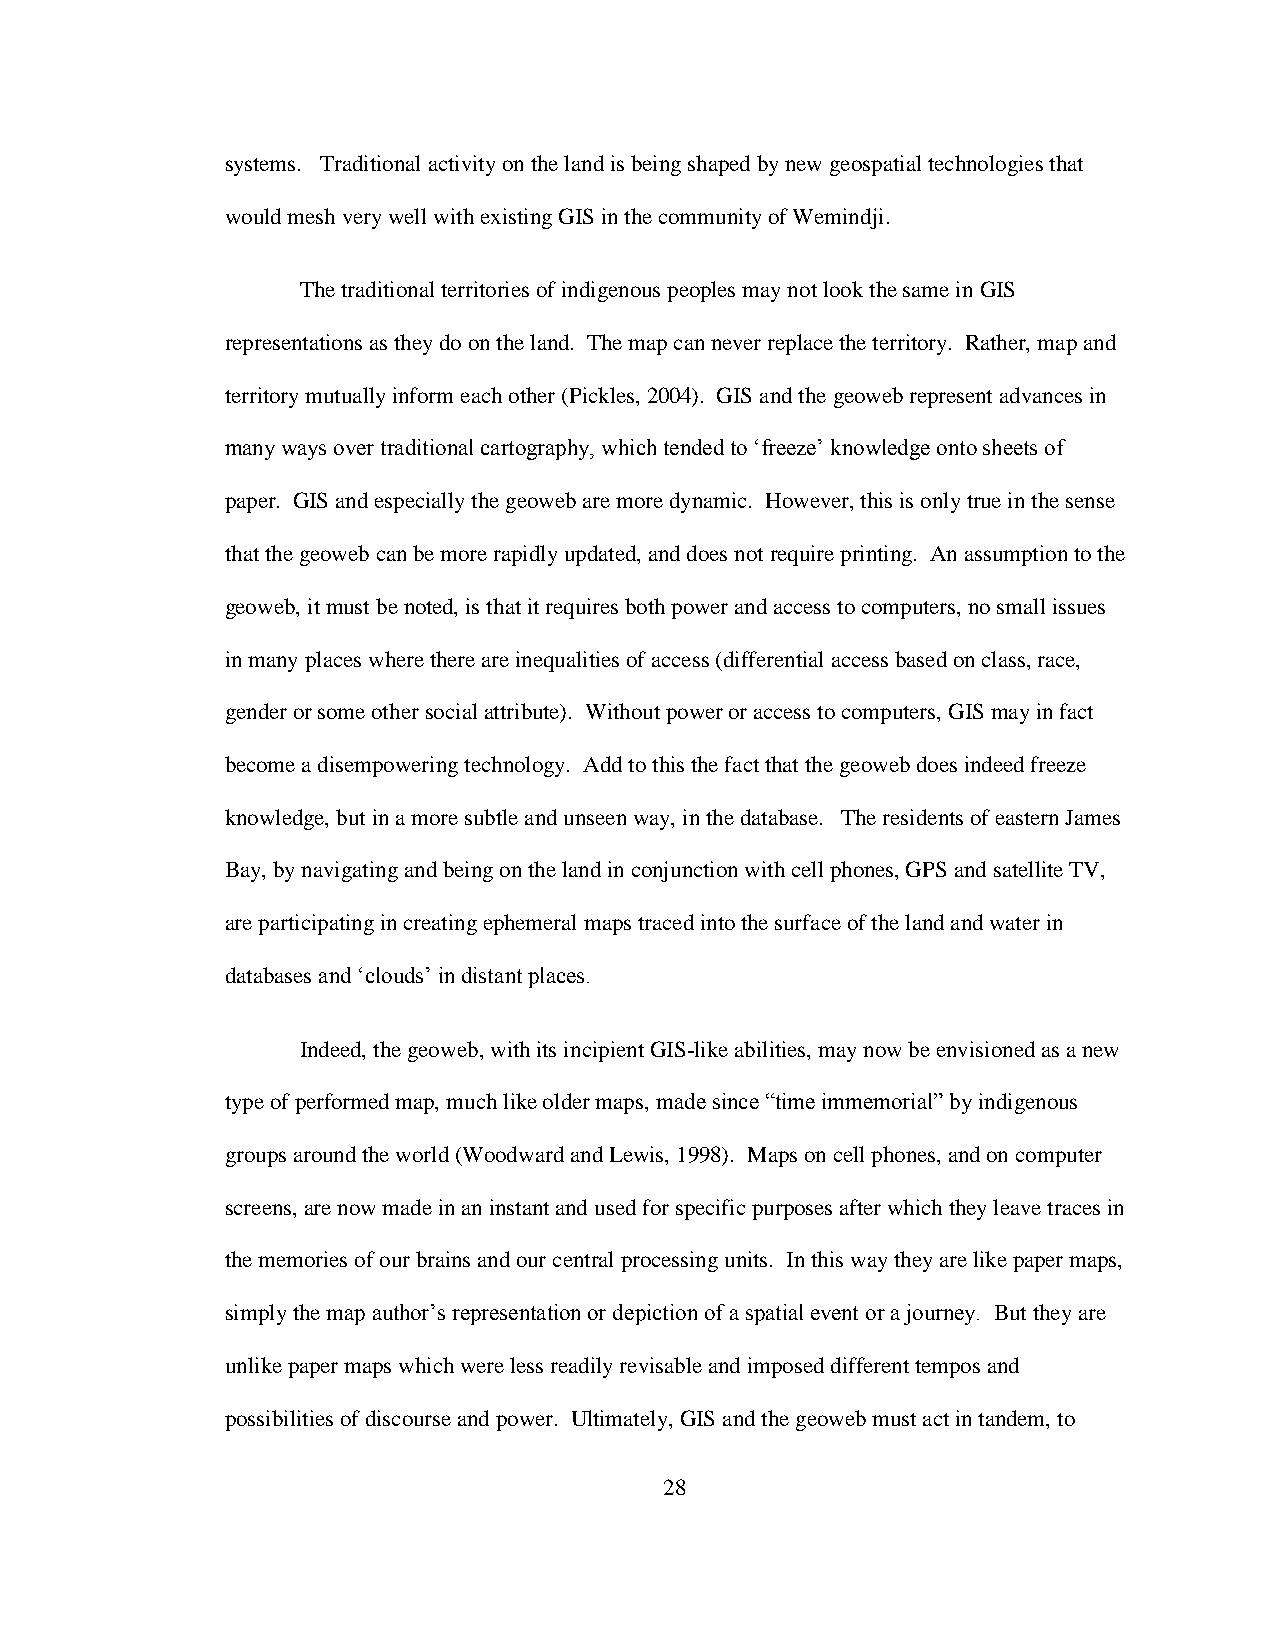
systems. Traditional activity on the land is being shaped by new geospatial technologies that
 would mesh very well with existing GIS in the community of Wemindji.
 The traditional territories of indigenous peoples may not look the same in GIS
 representations as they do on the land. The map can never replace the territory. Rather, map and
 territory mutually inform each other (Pickles, 2004). GIS and the geoweb represent advances in
 many ways over traditional cartography, which tended to „freeze‟ knowledge onto sheets of
 paper. GIS and especially the geoweb are more dynamic. However, this is only true in the sense
 that the geoweb can be more rapidly updated, and does not require printing. An assumption to the
 geoweb, it must be noted, is that it requires both power and access to computers, no small issues
 in many places where there are inequalities of access (differential access based on class, race,
 gender or some other social attribute). Without power or access to computers, GIS may in fact
 become a disempowering technology. Add to this the fact that the geoweb does indeed freeze
 knowledge, but in a more subtle and unseen way, in the database. The residents of eastern James
 Bay, by navigating and being on the land in conjunction with cell phones, GPS and satellite TV,
 are participating in creating ephemeral maps traced into the surface of the land and water in
 databases and „clouds‟ in distant places.
 Indeed, the geoweb, with its incipient GIS-like abilities, may now be envisioned as a new
 type of performed map, much like older maps, made since “time immemorial” by indigenous
 groups around the world (Woodward and Lewis, 1998). Maps on cell phones, and on computer
 screens, are now made in an instant and used for specific purposes after which they leave traces in
 the memories of our brains and our central processing units. In this way they are like paper maps,
 simply the map author‟s representation or depiction of a spatial event or a journey. But they are
 unlike paper maps which were less readily revisable and imposed different tempos and
 possibilities of discourse and power. Ultimately, GIS and the geoweb must act in tandem, to
 28